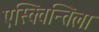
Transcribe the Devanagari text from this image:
एस्क्विन्तिला